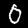
Label: 0